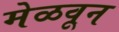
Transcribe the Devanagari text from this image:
मेळवून